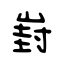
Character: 崶